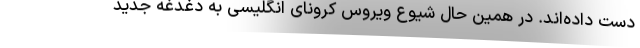
دست داده‌اند. در همین حال شیوع ویروس کرونای انگلیسی به دغدغه جدید